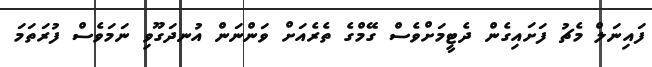
ފައިނަލް މެޗު ފަށައިގެން ދެޓީމަށްވެސް ގޭމްގެ ތެރެއަށް ވަންނަން އުނދަގޫވި ނަމަވެސް ފުރަތަމަ